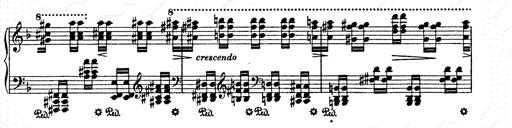
Title: AnnÃ©es de pÃ¨lerinage II
Composer: Franz Liszt